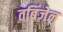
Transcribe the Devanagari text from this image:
तबिंजेन